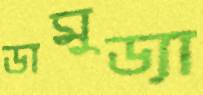
ডামুড্যা